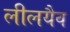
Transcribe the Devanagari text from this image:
लीलयैव